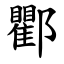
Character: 𨟠